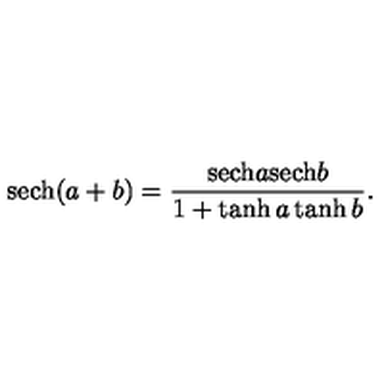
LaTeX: \mathrm { s e c h } ( a + b ) = \frac { \mathrm { s e c h } a \mathrm { s e c h } b } { 1 + \tanh a \tanh b } .